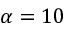
\alpha = 1 0